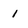
Character: i